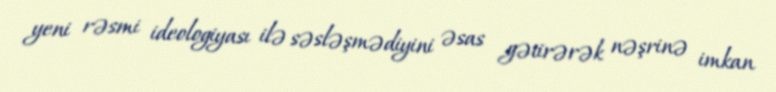
yeni rəsmi ideologiyası ilə səsləşmədiyini əsas gətirərək nəşrinə imkan